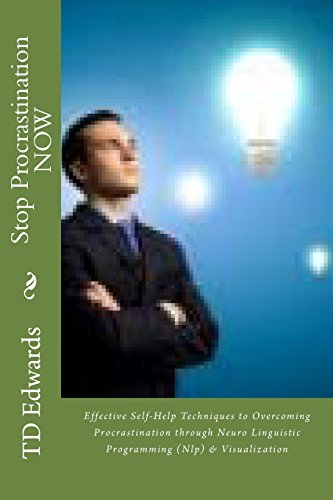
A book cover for Stop Procrastination NOW: Effective Self-Help Techniques to Overcoming Procrastination through Neuro Linguistic Programming (Nlp) & Visualization; TD Edwards; Self-Help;